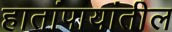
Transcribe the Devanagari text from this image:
हातांपायांतील